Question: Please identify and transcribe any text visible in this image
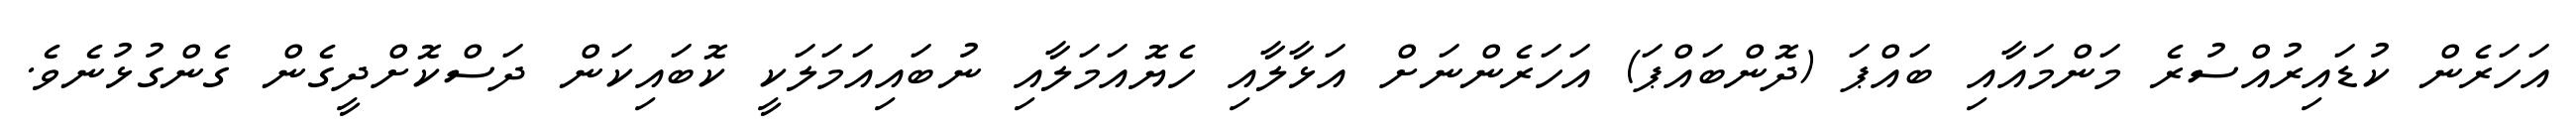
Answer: އަހަރެން ކުޑައިރުއްސުރެ މަންމައާއި ބައްޕަ (ދޮންބައްޕަ) އަހަރެންނަށް އަޅާލާއި ހެޔޮއަމަލާއި ނުބައިއަމަލަކީ ކޮބައިކަން ދަސްކޮށްދީގެން ގެންގުޅުނެވެ.